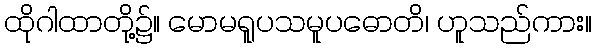
ထိုဂါထာတို့၌။ မောမရူပသမူပဓောတိ၊ ဟူသည်ကား။